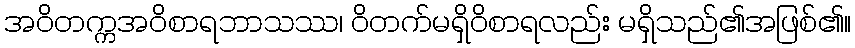
အဝိတက္ကအဝိစာရဘာသဿ၊ ဝိတက်မရှိဝိစာရလည်း မရှိသည်၏အဖြစ်၏။